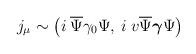
LaTeX: \begin{align*}j_{\mu } \sim \left( i \: \overline{\Psi} \gamma_0 \Psi , \: i \: v \overline{\Psi} \mbox{\boldmath $\gamma $} \Psi \right)\end{align*}